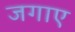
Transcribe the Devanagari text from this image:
जगाए